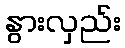
နွားလှည်း